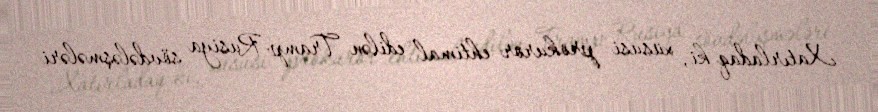
Xatırladaq ki, xüsusi prokuror ehtimal edilən Tramp-Rusiya sövdələşmələri